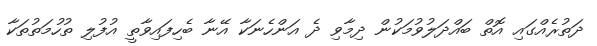
ދަތުރެއްގައި އޮތް ބައްދަލުވުމަކުން ދިމާވި ދެ އަންހެނަކާ އޭނާ ބެހިފައިވާތީ އުފުލި ތުހުމަތުތަކާ